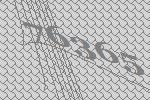
76365